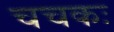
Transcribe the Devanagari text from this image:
चचकः